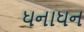
ધનાધન